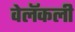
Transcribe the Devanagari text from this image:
वेलॅकली